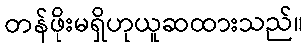
တန်ဖိုးမရှိဟုယူဆထားသည်။